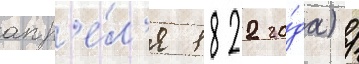
апр'е́л'я 1822 го́да) /